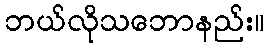
ဘယ်လိုသဘောနည်း။